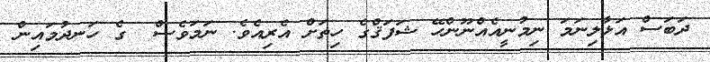
ދަބަސް އަޅާލިނަމަ ނިމުނީއެއްނޫންހޭ ޝަފަޤްގެ ހިތަށް އެރިއެވެ. ނަމަވެސް  ގެ ހަނދުމައިން